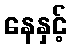
နေနှင့်